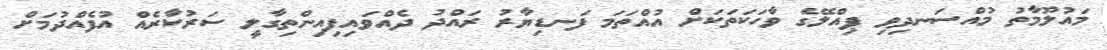
މައުލޫމާތު މުއްސަނދިވި ޕިއްލޭގެ ވާހަކަތަކަށް އުއްތަމަ ފަނޑިޔާރު ރައްދު ދެއްވައިފިއިންތިގާލީ ސަރުކާރެއް އުފެއްދުމަށް